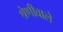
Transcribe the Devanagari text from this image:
श्रेणीवाले